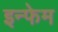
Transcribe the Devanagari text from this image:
इन्फेम